Report of the Indian Hemp Drugs Commission, 1894-1895 - Volume III
Year: 1894
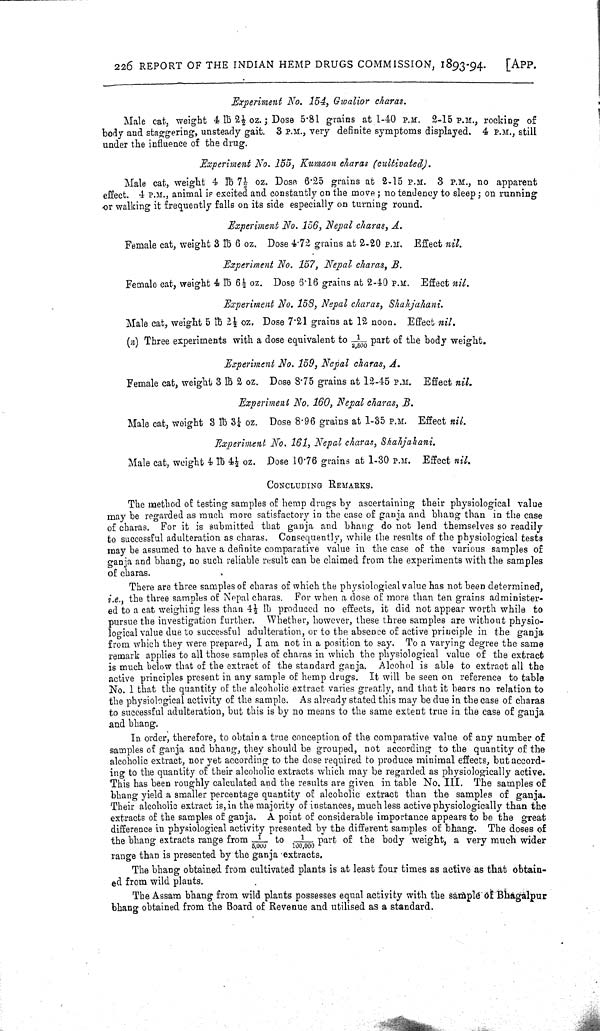
226 REPORT OF THE INDIAN HEMP DRUGS COMMISSION, 1893-94.
[APP.
Experiment No. 154, Gwalior charas.
Male cat, weight 4 lb 21/2 oz.; Dose 5.81 grains at 1-40 P.M. 2-15 P.M., rocking of
body and staggering, unsteady gait. 3 P.M., very definite symptoms displayed. 4 P.M., still
under the influence of the drug.
Experiment No. 155, Kumaon charas (cultivated).
Male cat, weight 4 lb 71/2 oz. Dose 6.25 grains at 2-15 P.M. 3 P.M., no apparent
effect. 4 P.M., animal is excited and constantly on the move; no tendency to sleep; on running
or walking it frequently falls on its side especially on turning round.
Experiment No. 156, Nepal charas, A.
Female cat, weight 3 lb 6 oz. Dose 4.72 grains at 2-20 P.M. Effect nil.
Experiment No. 157, Nepal charas, B.
Female cat, weight 4 lb 61/2 oz. Dose 6.16 grains at 2-40 P.M. Effect nil.
Experiment No. 158, Nepal charas, Shahjahani.
Male cat, weight 5 lb 21/2 oz. Dose 7.21 grains at 12 noon. Effect nil.
(n) Three experiments with a dose equivalent to 1/2,500 part of the body weight.
Experiment No. 159, Nepal charas, A.
Female cat, weight 3 lb 2 oz. Dose 8.75 grains at 12-45 P.M. Effect nil.
Experiment No. 160, Nepal charas, B.
Male cat, weight 3 lb 31/4 oz. Dose 8.96 grains at 1-35 P.M. Effect nil.
Experiment No. 161, Nepal charas, Shahjahani.
Male cat, weight 4 lb 41/4 oz. Dose 10.76 grains at 1-30 P.M. Effect nil.
CONCLUDING REMARKS.
The method of testing samples of hemp drugs by ascertaining their physiological value
may be regarded as much more satisfactory in the case of ganja and bhang than in the case
of charas. For it is submitted that ganja and bhang do not lend themselves so readily
to successful adulteration as charas. Consequently, while the results of the physiological tests
may be assumed to have a definite comparative value in the case of the various samples of
ganja and bhang, no such reliable result can be claimed from the experiments with the samples
of charas.
There are three samples of charas of which the physiological value has not been determined,
i.e., the three samples of Nepal charas. For when a dose of more than ten grains administer-
ed to a cat weighing less than 41/4 lb produced no effects, it did not appear worth while to
pursue the investigation further. Whether, however, these three samples are without physio-
logical value due to successful adulteration, or to the absence of active principle in the ganja
from which they were prepared, I am not in a position to say. To a varying degree the same
remark applies to all those samples of charas in which the physiological value of the extract
is much below that of the extract of the standard ganja. Alcohol is able to extract all the
active principles present in any sample of hemp drugs. It will be seen on reference to table
No. 1 that the quantity of the alcoholic extract varies greatly, and that it bears no relation to
the physiological activity of the sample. As already stated this may be due in the case of charas
to successful adulteration, but this is by no means to the same extent true in the case of ganja
and bhang.
In order, therefore, to obtain a true conception of the comparative value of any number of
samples of ganja and bhang, they should be grouped, not according to the quantity of the
alcoholic extract, nor yet according to the dose required to produce minimal effects, but accord-
ing to the quantity of their alcoholic extracts which may be regarded as physiologically active.
This has been roughly calculated and the results are given in table No. III. The samples of
bhang yield a smaller percentage quantity of alcoholic extract than the samples of ganja.
Their alcoholic extract is, in the majority of instances, much less active physiologically than the
extracts of the samples of ganja. A point of considerable importance appears to be the great
difference in physiological activity presented by the different samples of bhang. The doses of
the bhang extracts range from 1/5,000 to 1/100,000 part of the body weight, a very much wider
range than is presented by the ganja extracts.
The bhang obtained from cultivated plants is at least four times as active as that obtain-
ed from wild plants.
The Assam bhang from wild plants possesses equal activity with the sample of Bhagalpur
bhang obtained from the Board of Revenue and utilised as a standard.